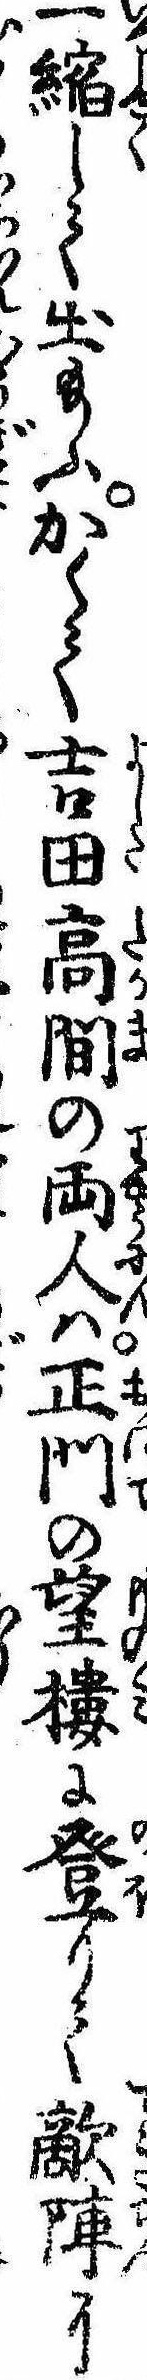
一縮して出給ふかくて吉田高間の両人は正門の望楼に登りて敵陣に